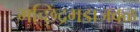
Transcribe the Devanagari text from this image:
मच्छिंद्रगडाजवळ